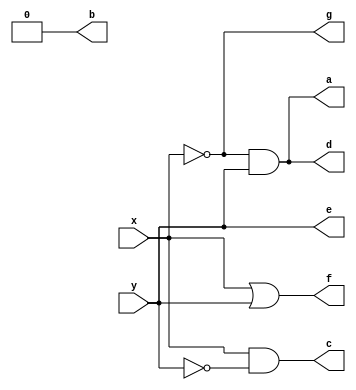
// Michael Rezk - 400312015
// Ninad Thakker- 400357523
module SevenSegDisplay(a,b,c,d,e,f,g,x,y);
	input x,y;
	output a,b,c,d,e,f,g;
	assign a = ~x&y;
	assign b = 0;
	assign c = x&~y;
	assign d = ~x&y;
	assign e = y;
	assign f = x|y;
	assign g = ~x;
endmodule